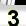
Digit: 3